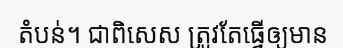
តំបន់។ ជាពិសេស ត្រូវតែធ្វើឲ្យមាន